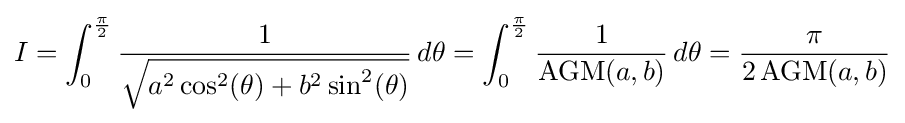
I=\int _{0}^{\frac {\pi }{2}}{\frac {1}{\sqrt {a^{2}\cos ^{2}(\theta )+b^{2}\sin ^{2}(\theta )}}}\,d\theta =\int _{0}^{\frac {\pi }{2}}{\frac {1}{\operatorname {AGM} (a,b)}}\,d\theta ={\frac {\pi }{2\operatorname {AGM} (a,b)}}